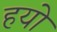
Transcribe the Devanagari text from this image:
हयो